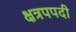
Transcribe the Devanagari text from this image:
क्षत्रपपदी